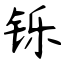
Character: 铄